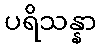
ပရိသန္နာ